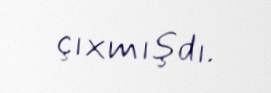
çıxmışdı.